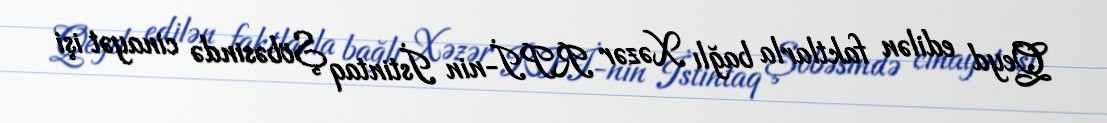
Qeyd edilən faktlarla bağlı Xəzər RPİ-nin İstintaq Şöbəsində cinayət işi